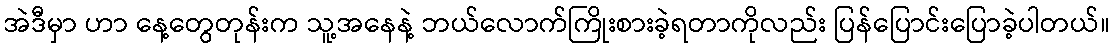
အဲဒီမှာ ဟာ နေ့တွေတုန်းက သူ့အနေနဲ့ ဘယ်လောက်ကြိုးစားခဲ့ရတာကိုလည်း ပြန်ပြောင်းပြောခဲ့ပါတယ်။